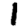
Digit: 1